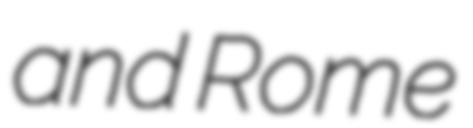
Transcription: and Rome